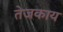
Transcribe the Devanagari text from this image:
तेजकाय